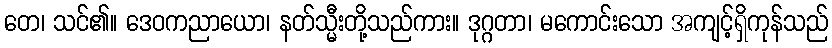
တေ၊ သင်၏။ ဒေဝကညာယော၊ နတ်သ္မီးတို့သည်ကား။ ဒုဂ္ဂတာ၊ မကောင်းသော အကျင့်ရှိကုန်သည်